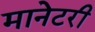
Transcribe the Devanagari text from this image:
मानेटरी